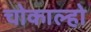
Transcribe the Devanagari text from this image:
चोकाल्हो